Calcutta medical institutions reports 1871-78
Year: 1871
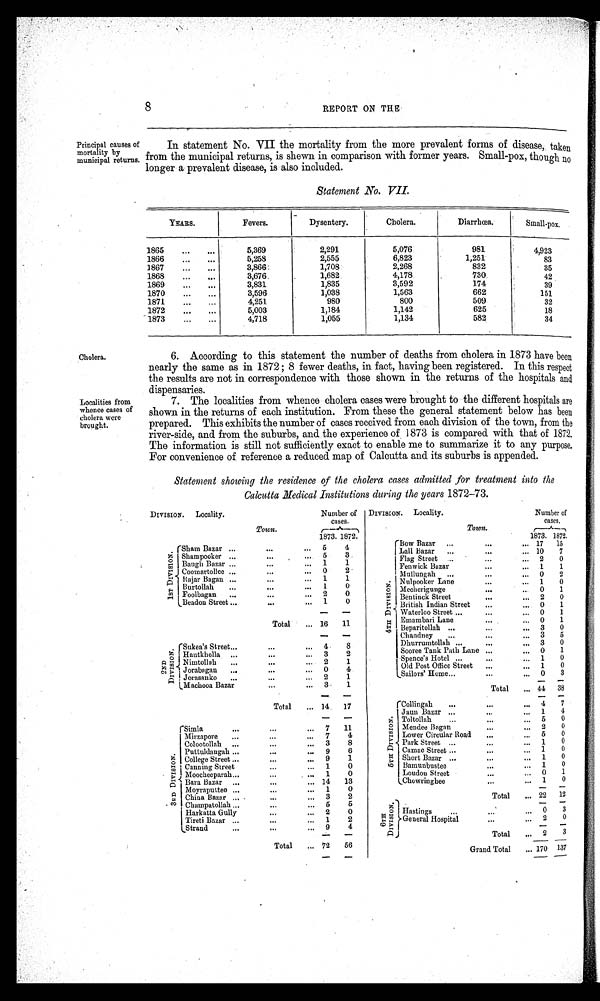
8
REPORT ON THE
Principal causes of
mortality by municipal returns.
In statement No. VII the mortality from the more prevalent forms of disease, taken
from the municipal returns, is shown in comparison with former years. Small-pox, though no
longer a prevalent disease, is also included.
Statement .No. VII.
Y E A R S .
Fevers.
Dysentery.
Cholera.
Diarrhœa.
Small-pox.
1865
5,369
2,291
5,076
981
4,923
1866
5,258
2,555
6,823
1,251
83
1867
3,866
1,708
2,268
832
35
1868
3,676
1,682
4,178
730
42
1869
3,831
1,835
3,592
174
39
1870
3,596
1,038
1,563
662
151
1871
4,251
980
800
509
32
1872
5,003
1,184
1,142
625
18
1873
4,718
1,055
1,134
582
34
Cholera.
6. According to this statement the number of deaths from cholera in 1873 have been
nearly the same as in 1872 ; 8 fewer deaths, in fact, having been registered. In this respect
the results are not in correspondence with those shown in the returns of the hospitals and
dispensaries.
Localities from
whence cases of
cholera were
brought
7. The localities from whence cholera cases were brought to the different hospitals are
shown in the returns of each institution. From these the general statement below has been
prepared. This exhibits the number of cases received from each division of the town, from the
river-side, and from the suburbs, and the experience of 1873 is compared with that of 1872.
The information is still not sufficiently exact to enable me to summarize it to any purpose.
For convenience of reference a reduced map of Calcutta and its suburbs is appended.
Statement showing the residence of the cholera cases admitted for treatment into the
Calcutta Medical Institutions during the years 1872-73.
D I V I S I O N .
Locality.
Number of
cases.
Town
1 8 7 3 .
1872.
1ST DIVISION
S h a m B a z a r
. . .
5
4
Shampooker
. . .
5
3
Baugh Bazar
...
1
1
Coomartollee
. . .
0
2
R a j a r B a g a n
. . .
1
1
B u r t o l l a h
...
1 0
F o o l b a g a n
. . .
2
0
Beadon Street
. . .
1
0
Total
16
11
2 N D D I V I S I O N
Sukea's Street
...
4
8
Hautkholla
. . .
3
2
Nimtollah
..
2
1
Jorabagan
...
0
4
J o r a s a n
k
...
2
1
Machooa Bazar
. . .
3
1
Total
14.
1 7
3 R D D I V I S I O N .
Simla
...
7
11
Mirzapore
...
7
4
Colootollah
...
3
8
Puttuldangah
...
9 6
College Street
...
9
1
Canning Street
...
1 0
Moocheeparah
...
1
0
Bara Bazar
...
14
13
Moyraputtee
...
1
0
China Bazar
...
3
2
C h a m p a t o l l a h
...
5
5
Harkatta Gully
...
2
0
Tireti Bazar
...
1
2
Strand
...
9
4
Total
7 2 56
D I V I S I O N .
Locality.
Number of
cases.
Town
1 8 7 3 .
1 8 7 2 .
4 T H D I V I S I O N .
Bow Bazar
...
17 15
Lall Bazar
...
10
7
Flag Street
...
2
0
Fenwick Bazar
. . .
1
1
Mullungah
...
0
2
Nulpooker Lane
...
1
0
Mecherigunge
. . .
0
1
Bentinck Street
. . .
2
0
British Indian Street
...
0
1
Waterloo Street
. . .
0 1
Emambari Lane
. . .
0
1
Beparitollah
...
3
0
Chandney
...
3 5
Dhurrumtollah
...
3 0
Sooree Tank Path Lane...
...
0
1
Spence's Hotel
. . .
1
0
Old Post Office Street
...
1
0
Sailors Home
...
0 3
Total
4 4
38
5 T H D I V I S I O N .
c o l l i n g a h
. . .
4
7
j A U N b A Z A R
. . .
1
4
Toltollah
. . .
5 0
Mendee Bagan
. . .
2
0
Lower Circular Road ...
5
0
Park Street
. . .
1
0
Comae Street
...
1 0
Short Bazar
. . .
1
0
B a m u n b u s t e e
. . .
1
0
Loudon Street
...
0
1
Chowringhee
...
1
0
Total
22 12
6 T H D I V I S I O N .
Hastings
. .
0
General Hospital
. . .
2
0
Total
2
3
Grand Total
1 7 0
1 3 7